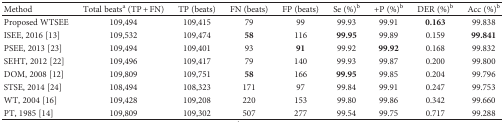
<table><thead><tr><td><b>Method</b></td><td><b>Total beats<sup>a</sup> (TP + FN)</b></td><td><b>TP (beats)</b></td><td><b>FN (beats)</b></td><td><b>FP (beats)</b></td><td><b>Se (%)<sup>b</sup></b></td><td><b>+P (%)<sup>b</sup></b></td><td><b>DER (%)<sup>b</sup></b></td><td><b>Acc (%)<sup>b</sup></b></td></tr></thead><tbody><tr><td>Proposed WTSEE</td><td>109,494</td><td>109,415</td><td>79</td><td>99</td><td>99.93</td><td>99.91</td><td><b>0.163</b></td><td>99.838</td></tr><tr><td>ISEE, 2016 [13]</td><td>109,532</td><td>109,474</td><td><b>58</b></td><td>116</td><td><b>99.95</b></td><td>99.89</td><td>0.159</td><td><b>99.841</b></td></tr><tr><td>PSEE, 2013 [23]</td><td>109,494</td><td>109,401</td><td>93</td><td><b>91</b></td><td>99.92</td><td><b>99.92</b></td><td>0.168</td><td>99.832</td></tr><tr><td>SEHT, 2012 [22]</td><td>109,496</td><td>109,417</td><td>79</td><td>140</td><td>99.93</td><td>99.87</td><td>0.200</td><td>99.800</td></tr><tr><td>DOM, 2008 [12]</td><td>109,809</td><td>109,751</td><td><b>58</b></td><td>166</td><td><b>99.95</b></td><td>99.85</td><td>0.204</td><td>99.796</td></tr><tr><td>STSE, 2014 [24]</td><td>108,494</td><td>108,323</td><td>171</td><td>97</td><td>99.84</td><td>99.91</td><td>0.247</td><td>99.753</td></tr><tr><td>WT, 2004 [16]</td><td>109,428</td><td>109,208</td><td>220</td><td>153</td><td>99.80</td><td>99.86</td><td>0.342</td><td>99.660</td></tr><tr><td>PT, 1985 [14]</td><td>109,809</td><td>109,302</td><td>507</td><td>277</td><td>99.54</td><td>99.75</td><td>0.717</td><td>99.288</td></tr></tbody></table>